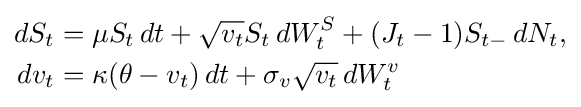
{\begin{aligned}dS_{t}&=\mu S_{t}\,dt+{\sqrt {v_{t}}}S_{t}\,dW_{t}^{S}+(J_{t}-1)S_{t-}\,dN_{t},\\dv_{t}&=\kappa (\theta -v_{t})\,dt+\sigma _{v}{\sqrt {v_{t}}}\,dW_{t}^{v}\end{aligned}}